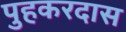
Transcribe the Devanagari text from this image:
पुहकरदास